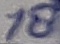
Text: 18